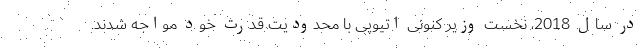
در سال 2018، نخست و‌زیر کنونی اتیوپی با محدودیت قدرت خود مواجه شدند.